Subject: eess
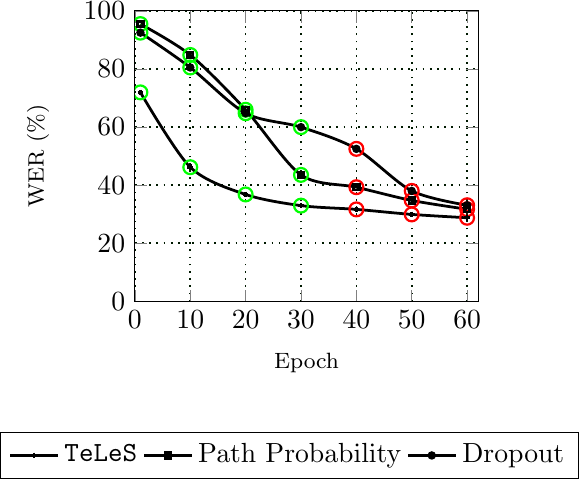
LaTeX code:
\begin{tikzpicture}
\begin{axis}[
width=0.49\textwidth,
height=150pt,
xlabel={\footnotesize Epoch},
ylabel={\footnotesize WER (\%)},
xmin=0, xmax=62,
ymin=0, ymax=100,
xtick={0,10,20,30,40,50,60},
ytick={0,20,40,60,80,100},
legend style={at={(0.45,-0.45)}, anchor=north west, legend columns=6,
anchor=north},
ymajorgrids=true,
xmajorgrids=true,
major grid style={line width=0.6pt,dotted,green!10!black}
]

\addplot[
mark=+, mark size=1pt,
smooth,
line width=1pt
]
    coordinates {
    (1,71.93)(10,46.18)(20,36.80)(30,32.96)(40,31.66)(50,29.93)(60,28.78)
    };
\addlegendentry{ \texttt{TeLeS}};

\node (mark) [draw, green, circle, minimum size = 5pt, inner sep=1pt, thick]
      at (axis cs: 1,71.93) {};

 \node (mark) [draw, green, circle, minimum size = 5pt, inner sep=1pt, thick]
      at (axis cs: 10,46.18) {};

  \node (mark) [draw, green, circle, minimum size = 5pt, inner sep=1pt, thick]
      at (axis cs: 20,36.80) {};

\node (mark) [draw, green, circle, minimum size = 5pt, inner sep=1pt, thick]
      at (axis cs: 30,32.96) {};

 \node (mark) [draw, red, circle, minimum size = 5pt, inner sep=1pt, thick]
      at (axis cs: 40,31.66) {};

 \node (mark) [draw, red, circle, minimum size = 5pt, inner sep=1pt, thick]
      at (axis cs: 50,29.93) {};

  \node (mark) [draw, red, circle, minimum size = 5pt, inner sep=1pt, thick]
      at (axis cs: 60,28.78) {};

\addplot[
mark=square, mark size=1pt,
smooth,
line width=1pt
]
    coordinates {
    (1,95.43)(10,84.8)(20,65.94)(30,43.53)(40,39.29)(50,34.74)(60,31.71)
    };
\addlegendentry{Path Probability};

\node (mark) [draw, green, circle, minimum size = 5pt, inner sep=1pt, thick]
      at (axis cs: 1,95.43) {};

 \node (mark) [draw, green, circle, minimum size = 5pt, inner sep=1pt, thick]
      at (axis cs: 10,84.8) {};

  \node (mark) [draw, green, circle, minimum size = 5pt, inner sep=1pt, thick]
      at (axis cs: 20,65.94) {};

\node (mark) [draw, green, circle, minimum size = 5pt, inner sep=1pt, thick]
      at (axis cs: 30,43.53) {};

 \node (mark) [draw, red, circle, minimum size = 5pt, inner sep=1pt, thick]
      at (axis cs: 40,39.29) {};

 \node (mark) [draw, red, circle, minimum size = 5pt, inner sep=1pt, thick]
      at (axis cs: 50,34.74) {};

  \node (mark) [draw, red, circle, minimum size = 5pt, inner sep=1pt, thick]
      at (axis cs: 60,31.71) {};

\addplot[
mark=*, mark size=1pt,
smooth,
line width=1pt
]
    coordinates {
    (1,92.48)(10,80.5)(20,64.75)(30,59.97)(40,52.49)(50,38.02)(60,33.09)
    };
\addlegendentry{Dropout};

\node (mark) [draw, green, circle, minimum size = 5pt, inner sep=1pt, thick]
      at (axis cs: 1,92.48) {};

 \node (mark) [draw, green, circle, minimum size = 5pt, inner sep=1pt, thick]
      at (axis cs: 10,80.5) {};

  \node (mark) [draw, green, circle, minimum size = 5pt, inner sep=1pt, thick]
      at (axis cs: 20,64.75) {};

\node (mark) [draw, green, circle, minimum size = 5pt, inner sep=1pt, thick]
      at (axis cs: 30,59.97) {};

 \node (mark) [draw, red, circle, minimum size = 5pt, inner sep=1pt, thick]
      at (axis cs: 40,52.49) {};

 \node (mark) [draw, red, circle, minimum size = 5pt, inner sep=1pt, thick]
      at (axis cs: 50,38.02) {};

  \node (mark) [draw, red, circle, minimum size = 5pt, inner sep=1pt, thick]
      at (axis cs: 60,33.09) {};

\end{axis}
\end{tikzpicture}